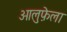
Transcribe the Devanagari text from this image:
ओलुफ़ेला